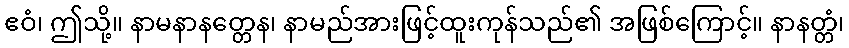
ဧဝံ၊ ဤသို့။ နာမနာနတ္တေန၊ နာမည်အားဖြင့်ထူးကုန်သည်၏ အဖြစ်ကြောင့်။ နာနတ္တံ၊